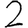
Digit: 2